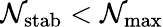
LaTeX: \mathcal{N}_{\mathrm{{stab}}}<\mathcal{N}_{\mathrm{{max}}}